Civil Veterinary Dept. Bombay admin report 1907-1913 - 1907-1913
Year: 1907
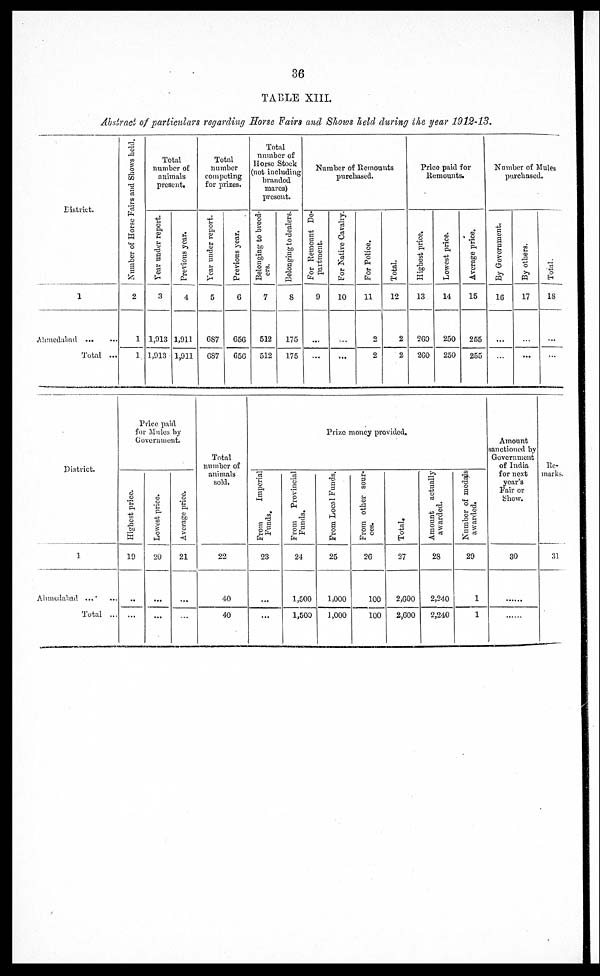
36
TABLE XIII.
Abstract of particulars regarding Horse Fairs and Shows held during the year 1912-13.
District.
1
Ahmedabad
...
...
Total ...
Number of Horse Fairs and Shows held.
2
1
1
Total
number of
animals
present.
Year
under report.
3
1,913
1,913
Previous year.
4
1,911
1,911
Total
number
competing
for prizes.
Year under report.
5
687
687
Previous year.
6
656
656
Total
number of
Horse Stock
(not including
branded
mares)
present.
Belonging to breed-
ers.
7
512
512
Belonging to dealers.
8
175
175
Number of Remounts
purchased.
For Remount De-
partment.
9
...
...
For Native Cavalry.
10
...
...
For Police.
11
2
2
Total.
12
2
2
Price paid for
Remounts.
Highest price.
13
260
260
Lowest price.
14
250
250
Average price.
15
255
255
Number of Mules
purchased.
By Government.
16
...
...
By others.
17
...
...
Total.
18
...
...
District
1
Ahmedabad ... ...
Total ...
Price paid
for Mules by
Government.
Highest price.
19
...
...
Lowest price.
20
...
...
Average price.
21
...
...
Total
number of
animals
sold.
22
40
40
Prize money provided.
From
Imperial
Funds.
23
...
...
From
Provincial
Funds.
24
1,500
1,500
From Local Funds.
25
1,000
1,000
From other sour-
ces.
26
100
100
Total.
27
2,600
2,600
Amount actually
awarded.
28
2,240
2,240
Number of medals
awarded.
29
1
1
Amount
sanctioned by
Government
of India
for next
year's
Fair or
Show.
30
......
......
Re-
marks.
31